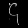
Digit: ၄